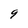
Character: 9